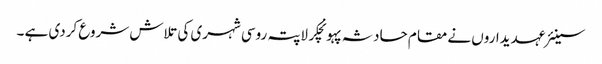
سینئر عہدیداروں نے مقام حادثہ پہونچکر لاپتہ روسی شہری کی تلاش شروع کردی ہے ۔